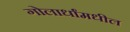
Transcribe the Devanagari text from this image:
गोलार्धांमधील